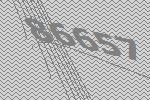
86657